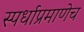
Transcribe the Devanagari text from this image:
स्पर्धाप्रमाणेच